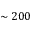
\sim 2 0 0